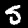
Label: 5